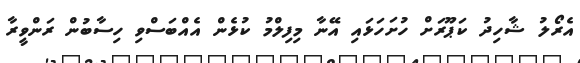
އެރޯލު ޝާހިދު ކަޕޫރަށް ހުށަހަޅައި އޭނާ މިފިލްމު ކުޅެން އެއްބަސްވި ހިސާބުން ރަންވީރާ